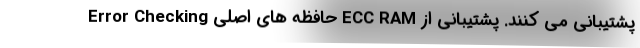
پشتیبانی می کنند. پشتیبانی از ECC RAM حافظه های اصلی Error Checking